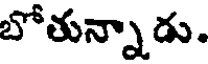
బోతున్నాడు.